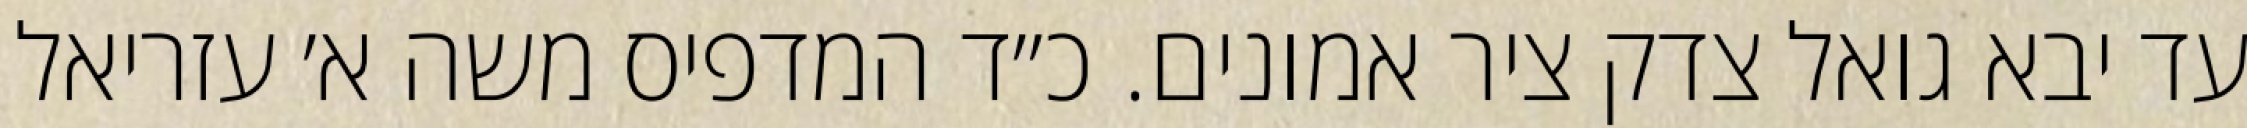
עד יבא גואל צדק ציר אמונים. כ״ד המדפיס משה א׳ עזריאל